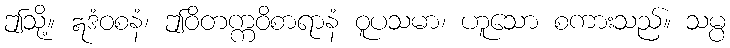
ဤသို့။ ဣဒံဝစနံ၊ ဤဝိတက္ကဝိစာရာနံ ဝူပသမာ၊ ဟူသော စကားသည်။ သမ္ပ